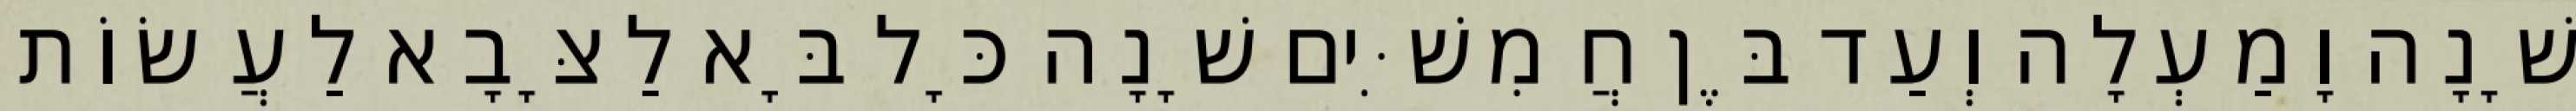
שָׁנָה וָמַעְלָה וְעַד בֶּן חֲמִשִּׁים שָׁנָה כָּל בָּא לַצָּבָא לַעֲשׂוֹת